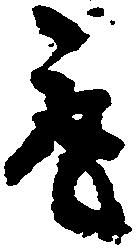
取